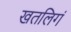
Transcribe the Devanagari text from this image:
खतलिगं